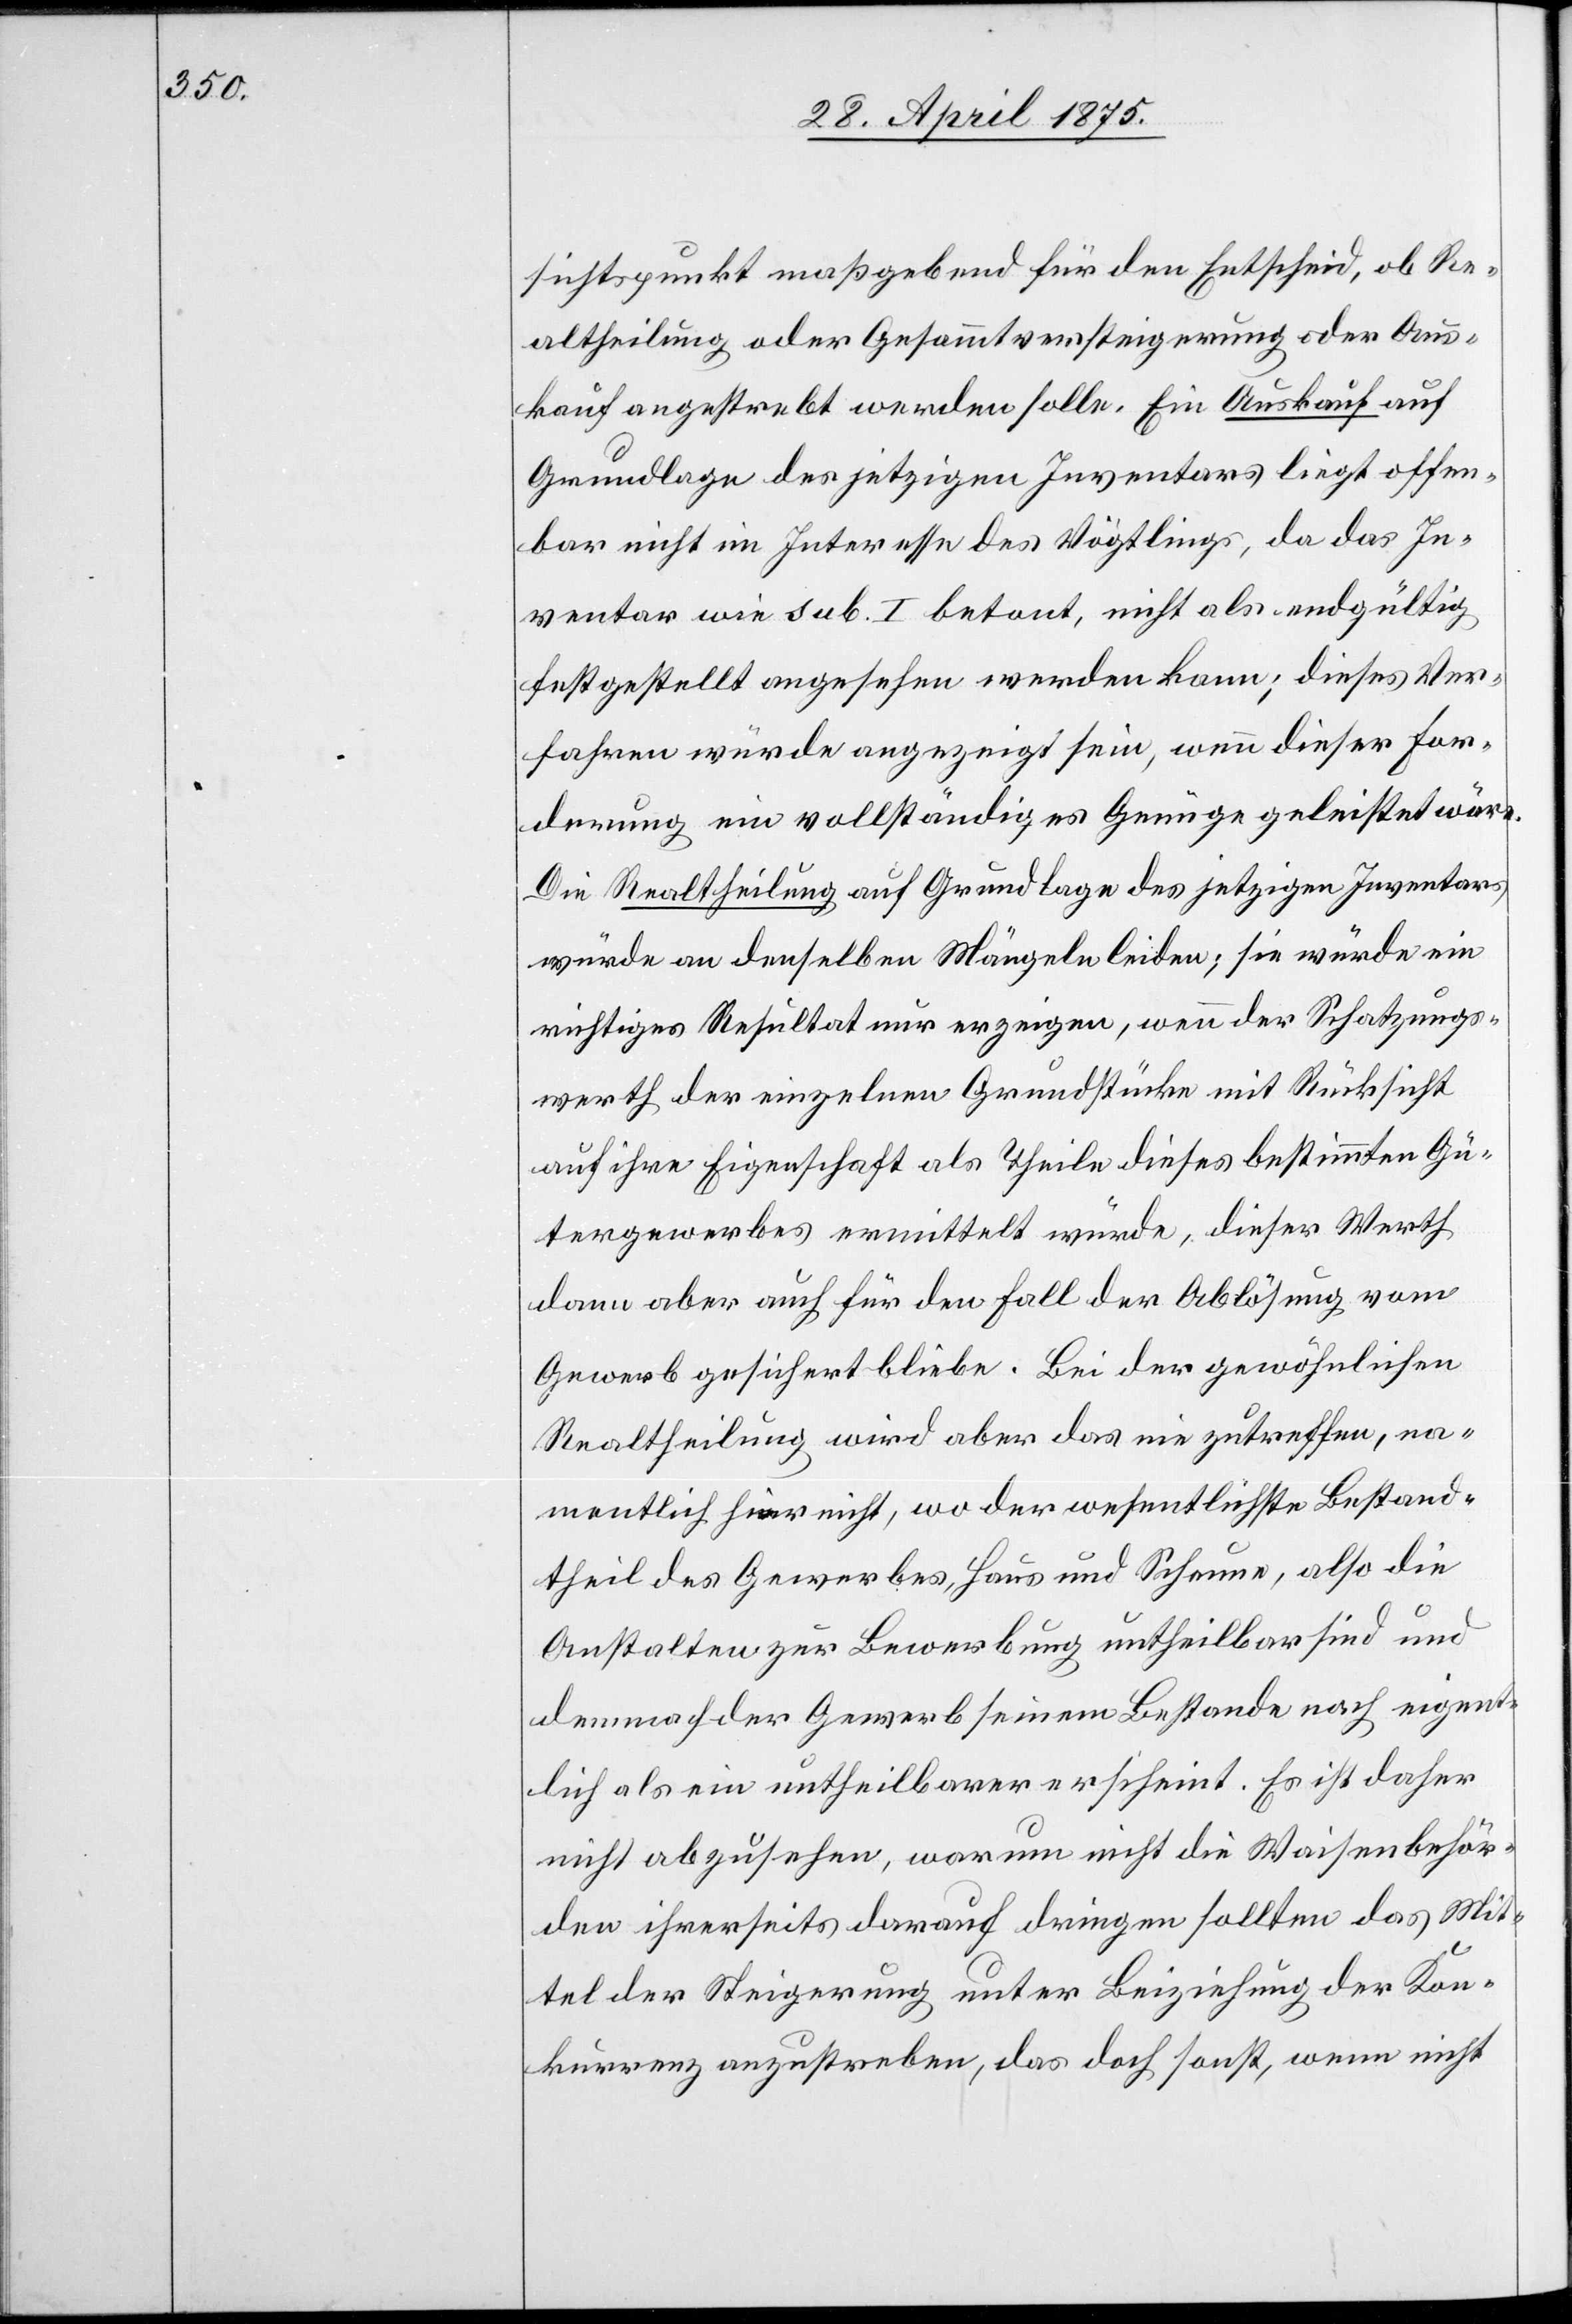
sichtspunkt maßgebend für den Entscheid, ob Re¬
altheilung oder Gesammtversteigerung oder Aus¬
kauf angestrebt werden solle. Ein Auskauf auf
Grundlage des jetzigen Inventars liegt offen¬
bar nicht im Interesse des Vögtlings, da das In¬
ventar wie sub. I betont, nicht als endgültig
festgestellt angesehen werden kann; dieses Ver¬
fahren würde angezeigt sein, wenn dieser For¬
derung ein vollständiges Genüge geleistet wäre.
Die Realtheilung auf Grundlage des jetzigen Inventars
würde an denselben Mängeln leiden; sie würde ein
richtiges Resultat nur anzeigen, wenn der Schatzungs¬
werth der einzelnen Grundstücke mit Rücksicht
auf ihre Eigenschaft als Theile dieses bestimmten Gü¬
tergewerbes, ermittelt würde, dieser Werth
dann aber auch für den Fall der Ablösung vom
Gewerb gesichert bliebe. Bei der gewöhnlichen
Realtheilung wird aber das nie zutreffen, na¬
mentlich hier nicht, wo der wesentlichste Bestand¬
theil des Gewerbes, Haus und Scheune, also die
Anstalten zur Bewerbung untheilbar sind und
demnach der Gewerb seinem Bestande nach eigent¬
lich als ein untheilbarer erscheint. Es ist daher
nicht abzusehen, warum nicht die Waisenbehör¬
den ihrerseits darauf dringen sollten das Mit¬
tel der Steigerung unter Beiziehung der Kon¬
kurrenz anzustreben, das doch sonst, wenn nicht